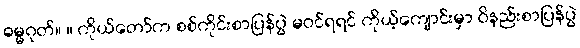
ဓမ္မဂုတ်။ ။ ကိုယ်တော်က စစ်ကိုင်းစာပြန်ပွဲ မဝင်ရရင် ကိုယ့်ကျောင်းမှာ ဝိနည်းစာပြန်ပွဲ